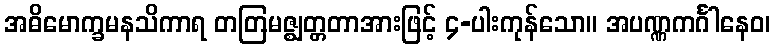
အဓိမောက္ခမနသိကာရ တတြမဇ္ဈတ္တတာအားဖြင့် ၄-ပါးကုန်သော။ အပဏ္ဏကင်္ဂါနေဝ၊